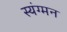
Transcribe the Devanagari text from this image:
स्यंग्मन